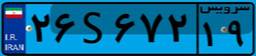
۲۶S۶۷۲۱۹